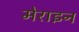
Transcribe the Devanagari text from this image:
मेराइन